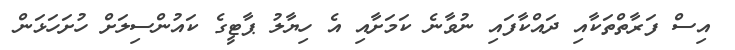
އިސް ފަރާތްތަކާއި ދައްކާފައި ނުވާނެ ކަމަށާއި އެ ހިޔާލު ޕާޓީގެ ކައުންސިލަށް ހުށަހަޅަން